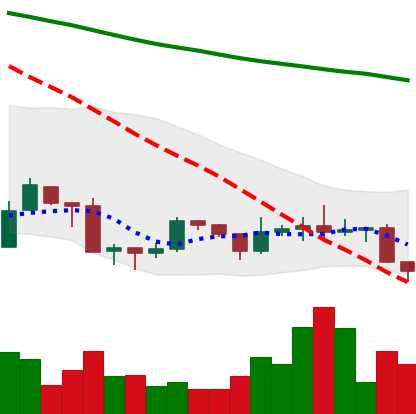
Ticker: ADA-USD
Chart end date: 2019-08-29
Forward return: 4.64%
Label: up_3_5